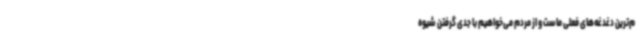
م‌ترین دغدغه‌های فعلی ماست و از مردم می‌خواهیم با جدی گرفتن شیوه‌